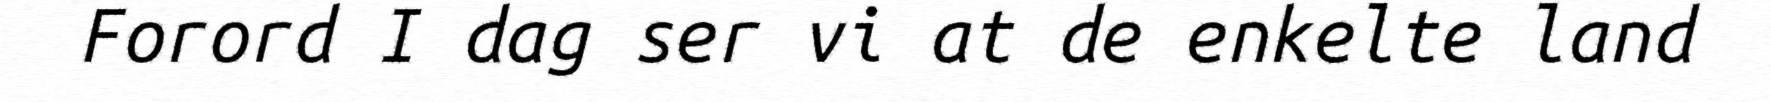
Forord I dag ser vi at de enkelte land